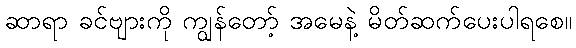
ဆာရာ ခင်ဗျားကို ကျွန်တော့် အမေနဲ့ မိတ်ဆက်ပေးပါရစေ။